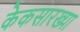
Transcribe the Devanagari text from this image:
केकसारख्या